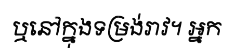
ឬនៅក្នុងទម្រង់រាវ។ អ្នក